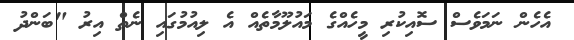
އެހެން ނަމަވެސް ސޮއިކުރި މީހެއްގެ މައުލޫމާތެއް އެ ލިއުމުގައި ނެތް އިރު "ބަންދު